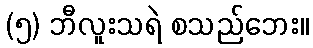
(၅) ဘီလူးသရဲ စသည်ဘေး။